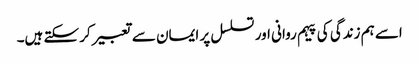
اسے ہم زندگی کی پیہم روانی اور تسلسل پر ایمان سے تعبیر کر سکتے ہیں۔